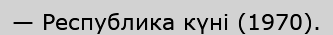
— Республика күні (1970).